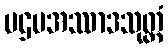
ပဌမအဿာဒသုတ္တံ